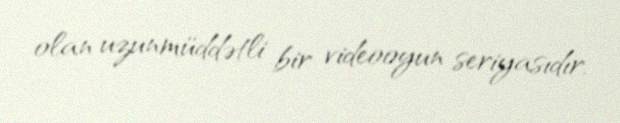
olan uzunmüddətli bir videooyun seriyasıdır.